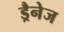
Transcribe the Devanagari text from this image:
ड्रैनेज